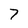
Character: 7